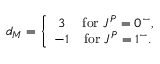
d _ { M } = \left\{ \begin{array} { c c } { { 3 } } & { { \mathrm { f o r \ } J ^ { P } = 0 ^ { - } , } } \\ { { - 1 } } & { { \mathrm { f o r \ } J ^ { P } = 1 ^ { - } . } } \end{array} \right.